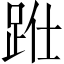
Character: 𨀋